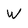
Character: W